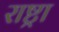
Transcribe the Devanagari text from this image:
राष्ट्रा